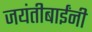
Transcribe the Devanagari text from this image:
जयंतीबाईंनी